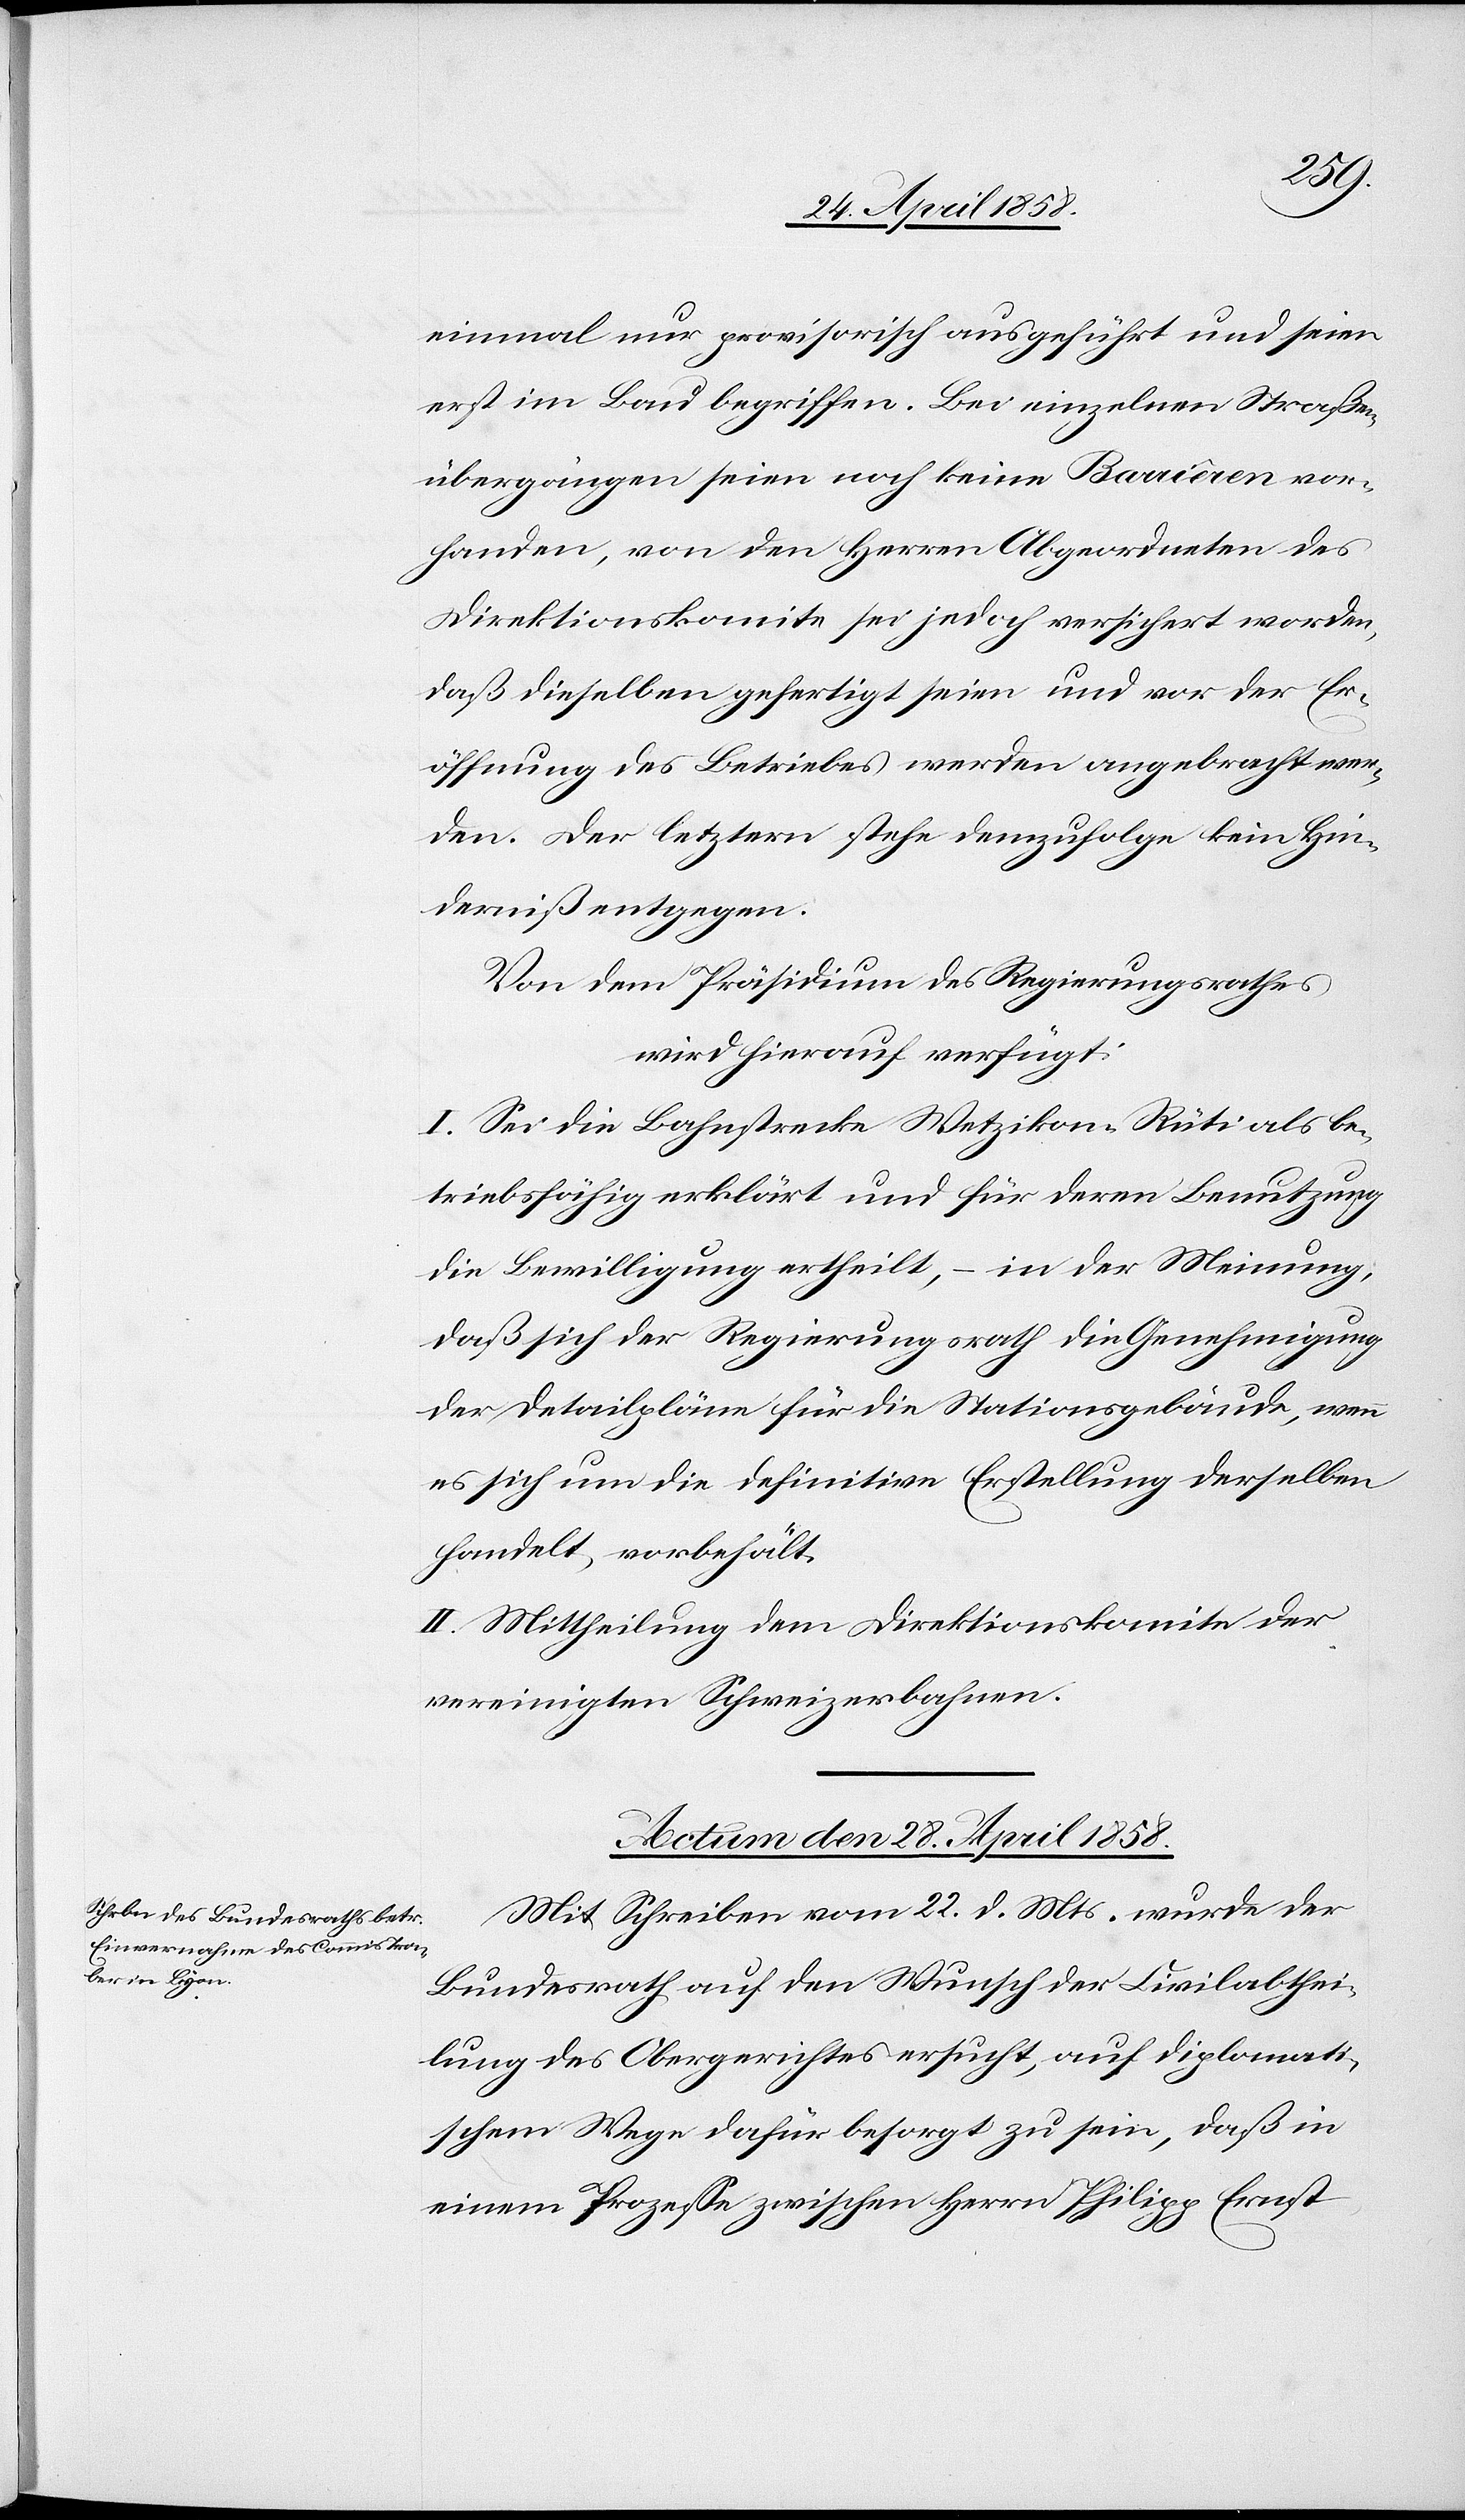
einmal nur provisorisch ausgeführt und seien
erst im Bau begriffen. Bei einzelnen Straßen¬
übergängen seien noch keine Barriêren vor¬
handen, von den Herren Abgeordneten des
Direktionskomite sei jedoch versichert worden,
daß dieselben gefertigt seien und vor der Er¬
öffnung des Betriebes werden angebracht wer¬
den. Der letztern stehe demzufolge kein Hin¬
derniß entgegen.
Von dem Präsidium des Regierungsrathes
wird hierauf verfügt:
I. Sei die Bahnstrecke Wetzikon–Rüti als be¬
triebsfähig erklärt und für deren Benutzung
die Bewilligung ertheilt, in der Meinung,
daß sich der Regierungsrath die Genehmigung
der Detailpläne für die Stationsgebäude, wenn
es sich um die definitive Erstellung derselben
handelt, vorbehält.
II. Mittheilung dem Direktionskomite der
vereinigten Schweizerbahnen.
Actum den 28. April 1858.
Mit Schreiben vom 22. d. Mts. wurde der
Bundesrath auf den Wunsch der Civilabthei¬
lung des Obergerichtes ersucht, auf diplomati¬
schem Wege dafür besorgt zu sein, daß in
einem Prozesse zwischen Herrn Philipp Ernst